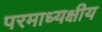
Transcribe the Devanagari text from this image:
परमाध्यक्षीय